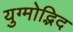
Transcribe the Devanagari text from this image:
युग्मोद्भिद